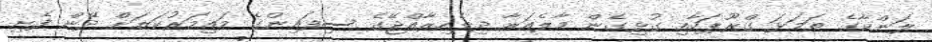
ލަންކާގެ ތަމަޅަ ގްރޫޕަކާއި ގުޅިގެން މާލެއަރާ ދިވެހިރާއްޖޭގެ ސިފައިންގެ މައިމަރުކަޒަށް ދޭން ފެށި